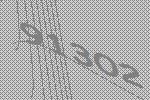
91302